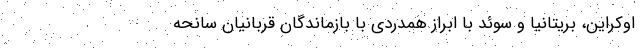
اوکراین، بریتانیا و سوئد با ابراز همدردی با بازماندگان قربانیان سانحه